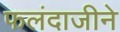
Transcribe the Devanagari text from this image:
फलंदाजीने